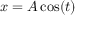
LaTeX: x = A \cos ( t )